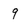
Character: 9